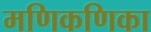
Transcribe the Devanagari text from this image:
मणिकणिका